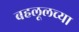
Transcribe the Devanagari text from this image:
बहलूलच्या